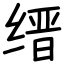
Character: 缙